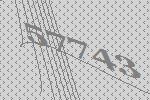
57743